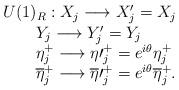
LaTeX: \begin{align*}\begin{array}{lcr} U(1)_R : X_j \longrightarrow X^\prime_j=X_j\\\qquad Y_j\longrightarrow Y^\prime_j=Y_j\\ \qquad\eta^+_j\longrightarrow \eta\prime^+_j= e^{i\theta}\eta^+_j\\ \qquad \overline {\eta}^+_j\longrightarrow \overline{\eta}\prime^+_j= e^{i\theta}\overline{\eta}^+_j .\end{array}\end{align*}